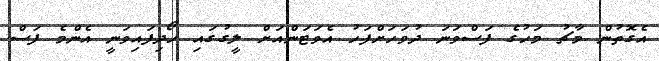
އެގޮތުން މާޗު މަހުގެ ފަސްވަނަ ދުވަހަށްފަހު އެވަޓަންއަށް ލީގުގައި ހޯދިފައިވަނީ އެންމެ ފަސް